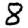
Digit: 8